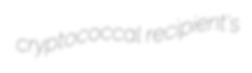
cryptococcal recipient's